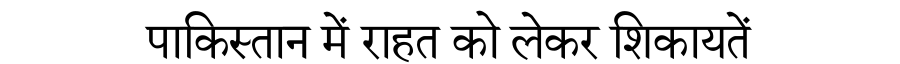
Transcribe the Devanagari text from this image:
पाकिस्तान में राहत को लेकर शिकायतें